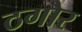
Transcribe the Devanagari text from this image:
ठगोर